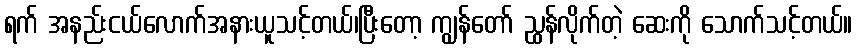
ရက် အနည်းငယ်လောက်အနားယူသင့်တယ်၊ပြီးတော့ ကျွန်တော် ညွှန်လိုက်တဲ့ ဆေးကို သောက်သင့်တယ်။